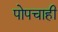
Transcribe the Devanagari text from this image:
पोपचाही